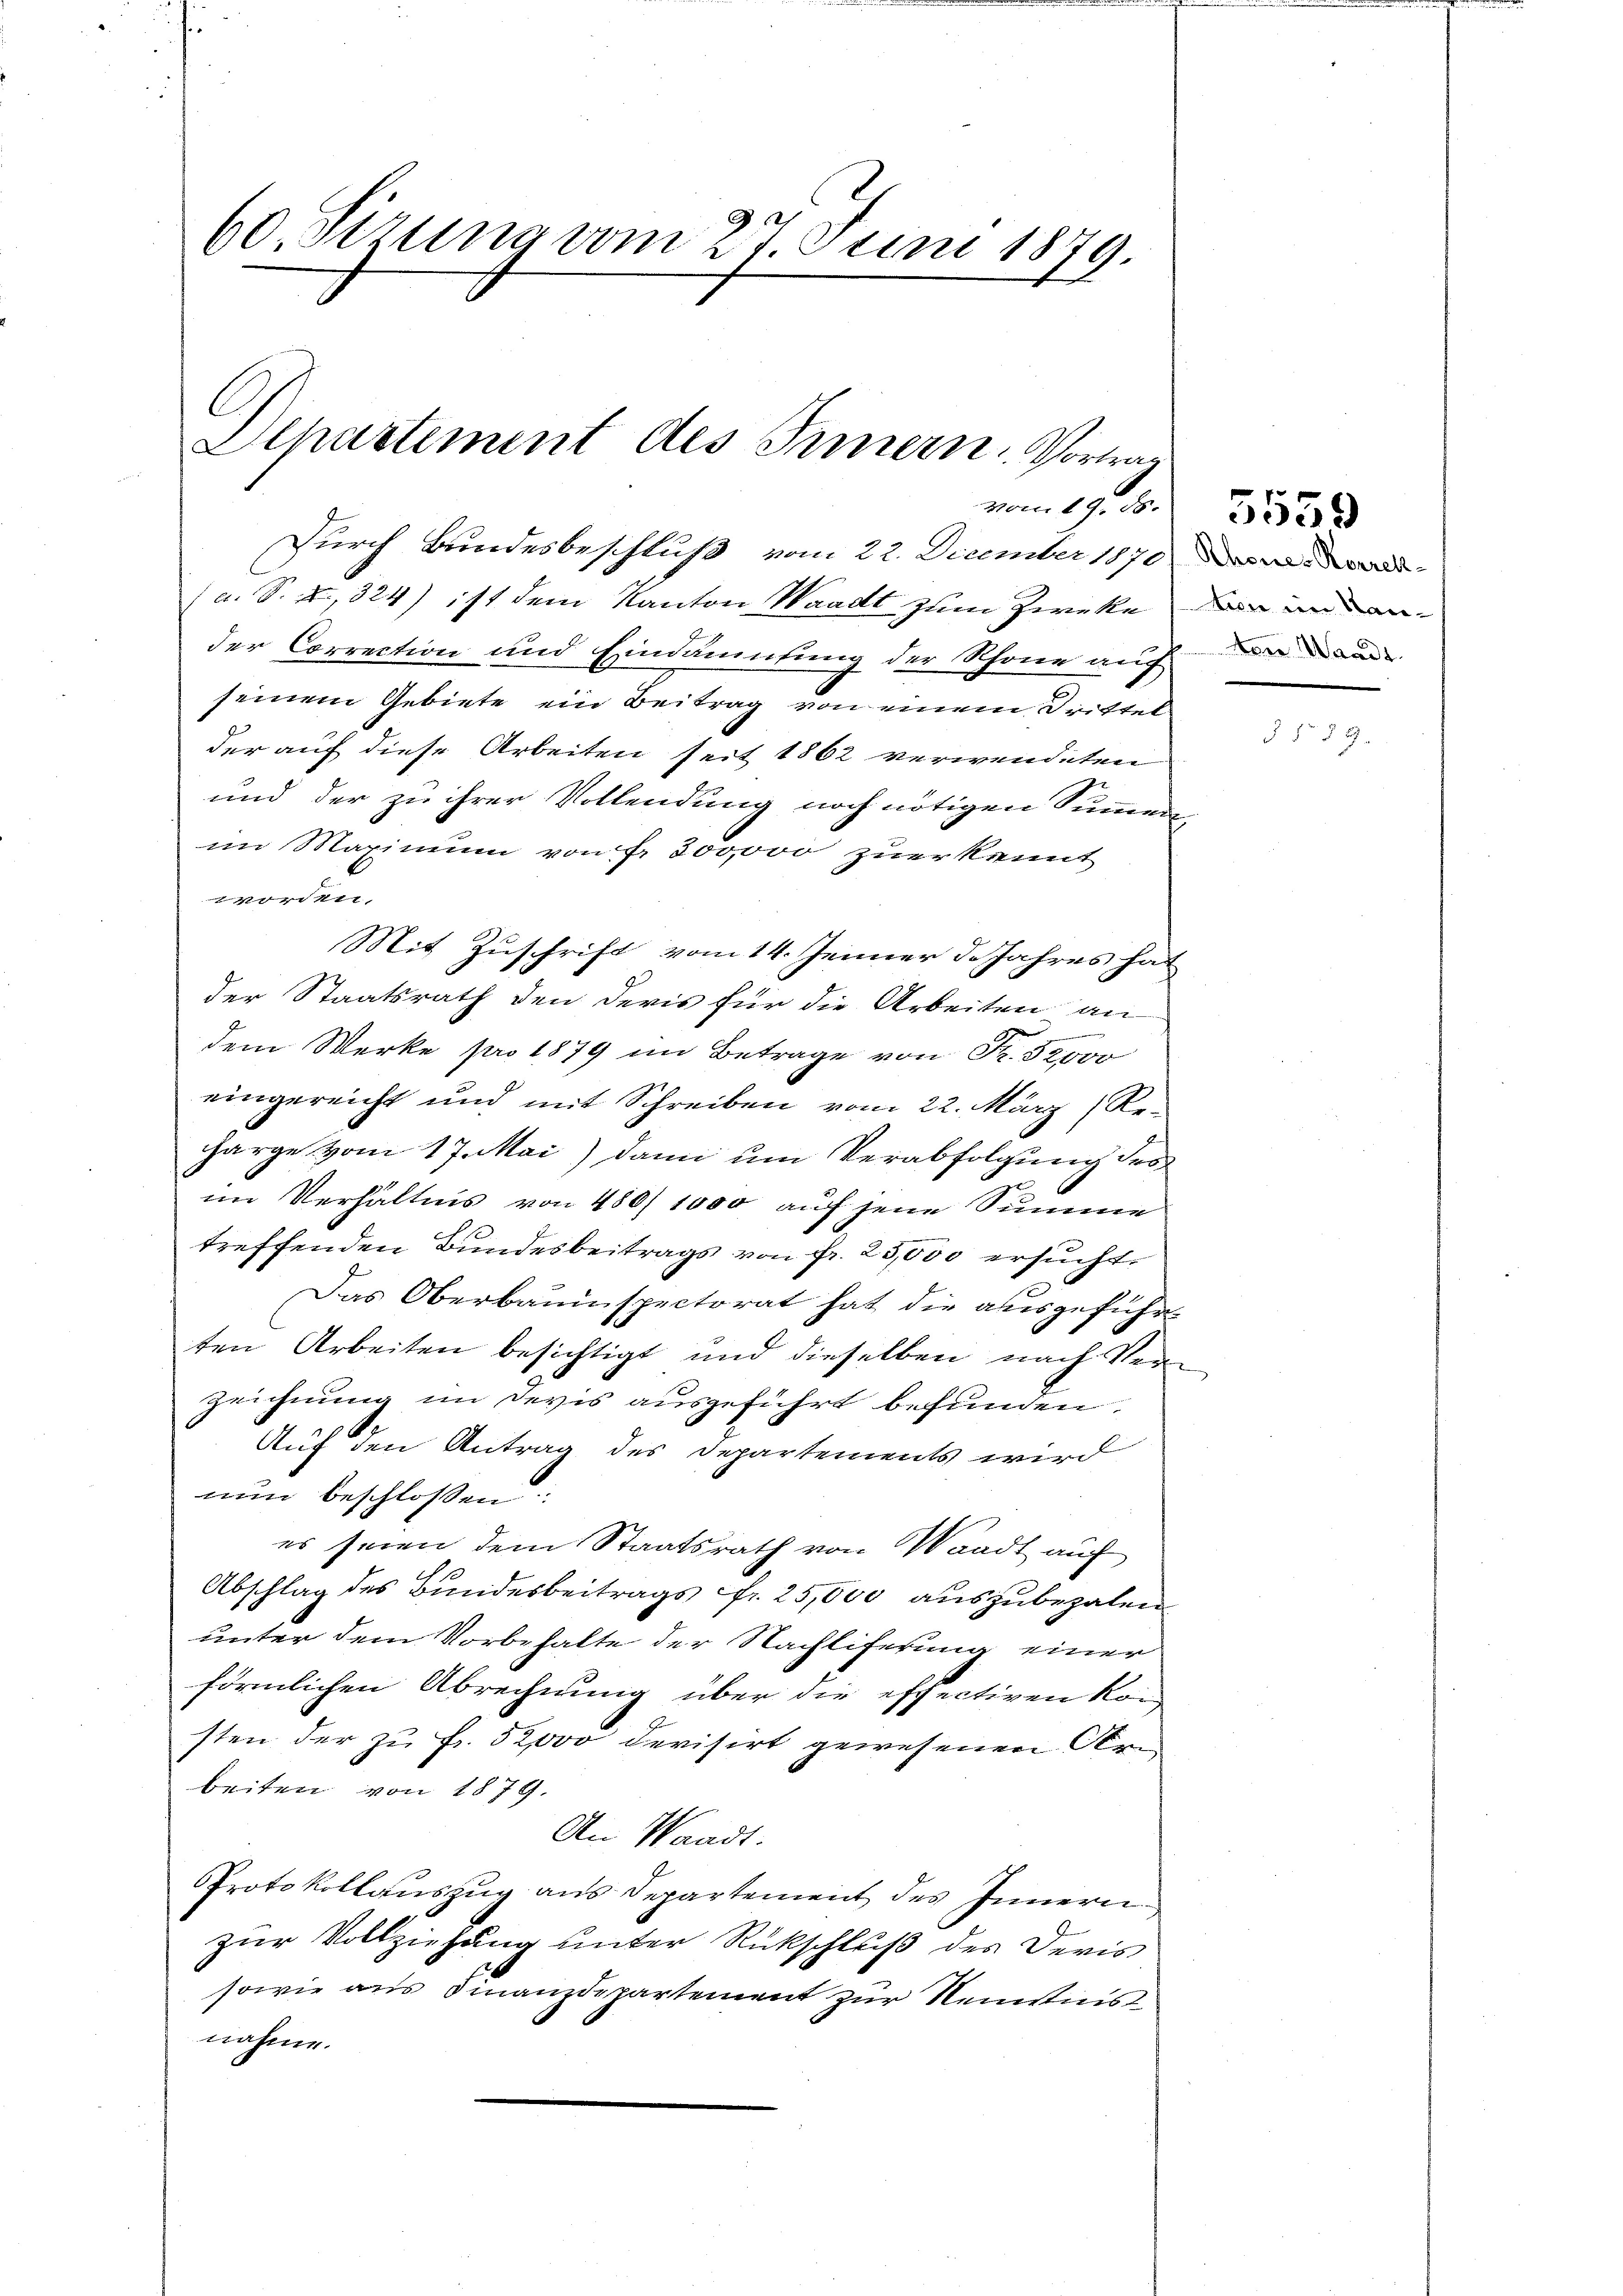
60 Sirung vom 27. Juni 1879.

Departement des Innern Vortrag
vom 19. ds.

Durch Bundesbeschluß vom 22. December 1870
a. S. 2, 324) ist dem Kanton Waadt zum Zwecke
der Correction und Eindauung der Schöne auf
seinem Gebiete ein Beitrag von einem Drittel
der auf diese Arbeiten seit 1862 verwendeten
und der zu ihrer Vollendung noch nötigen Summer
im Maximum von Fr. 300,000 zuerkennt
worden.
Mit Zuschrift vom 14. Jenner d. Jahres hader Staatsrath den Devis für die Arbeiten an
dem Werke pro 1879 im Betrage von Fr. 32000
eingereicht und mit Schreiben vom 22. März ( Reharge vom 17. Mai) dann um Verabfolgung des
im Verhältnis von 480/ 1000 auf jene Summe
treffenden Bundesbeitrags von Fr. 25,500 ersucht
Das Oberbauinspectorat hat die ausgeführ
ten Arbeiten besichtigt und dieselben nach Ver¬
Zeichnung im Devis ausgeführt befunden.
Auf den Antrag des Departements wird
nun beschlossen
es seien dem Staatsrath von Waadt auf
ch
Abschlag des Bundesbeitrags fr. 25,000 auszubezalen
unter dem Vorbehalte der Nachliferung einer
förmlichen Abrechnung über die effectiven kon
sten der zu Fr. 52000 devisirt gewesenen Arn
beiten von 1879.
An Waadt.
Protokollauszug aus Departement des Innern
zur Vollziehung unter Rückschluß des Devis
sowie aus Finanzdepartement zur Neisties
nahme.

Rhones Korrek-
tion im Kan¬
Aoer Waadt.

.

5559